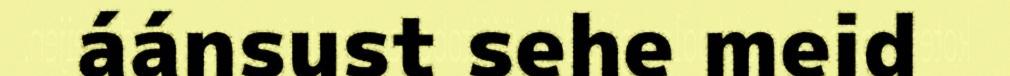
áánsust sehe meid